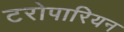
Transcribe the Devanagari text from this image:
टरोपारियन